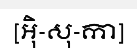
[អ៊ិ-សុ-កា]